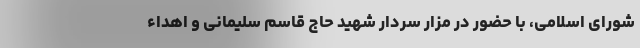
شورای اسلامی، با حضور در مزار سردار شهید حاج قاسم سلیمانی و اهداء